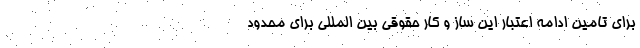
برای تامین ادامه اعتبار این ساز و کار حقوقی بین المللی برای محدود